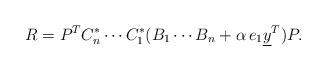
LaTeX: \begin{align*} R = P^{T}C_{n}^{*}\dotsm C_{1}^{*}( B_{1}\dotsm B_{n} + \alpha\,e_{1}\underline{y}^{T})P. \end{align*}